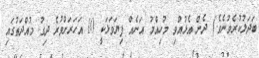
ބަދަލުކުރެވުނެވެ.) ދެން އެޅުއްވި މުހިއްމު އަނެއް ފިޔަވަޅަކީ 10 އަހަރަށްވުރެ ދިގު މުއްދަތުގައި